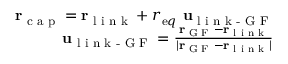
\begin{array} { r } { { \bf r } _ { \textrm { c a p } } = { \bf r } _ { \textrm { l i n k } } + r _ { { \textrm e q } } \ { \bf u } _ { \textrm { l i n k - G F } } } \\ { { \bf u } _ { \textrm { l i n k - G F } } = \frac { { \bf r } _ { \textrm { G F } } - { \bf r } _ { \textrm { l i n k } } } { | { \bf r } _ { \textrm { G F } } - { \bf r } _ { \textrm { l i n k } } | } } \end{array}